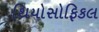
થિયોસોફિકલ